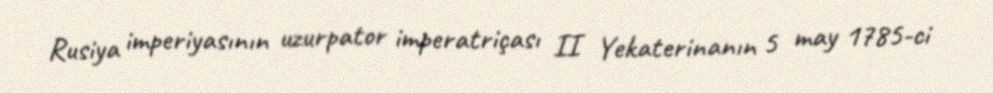
Rusiya imperiyasının uzurpator imperatriçası II Yekaterinanın 5 may 1785-ci